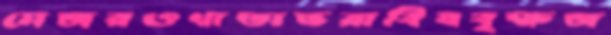
মেজরওখাতাভরাবিষবৃক্ষজ